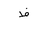
Letter: _za